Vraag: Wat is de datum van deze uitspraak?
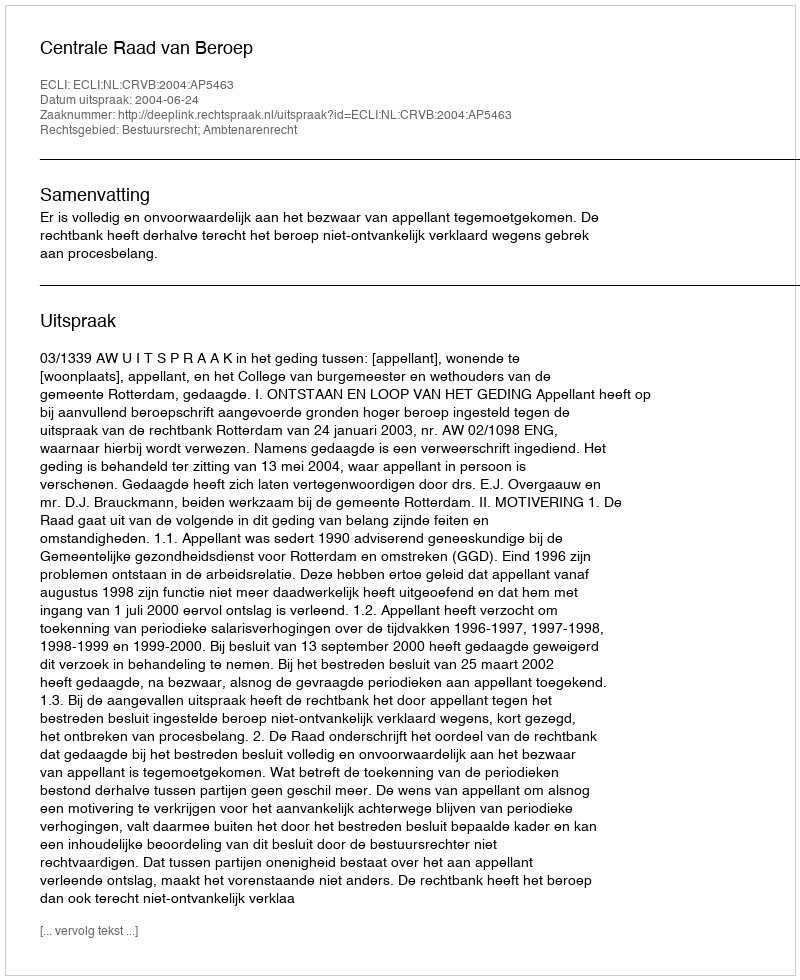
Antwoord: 2004-06-24